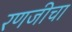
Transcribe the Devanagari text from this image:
रणजीचा